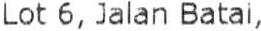
LOT 6, JALAN BATAI,